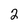
Character: 2